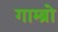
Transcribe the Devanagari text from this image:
गाम्ब्रो